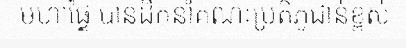
មហាផ្ទៃ បានដឹកនាំគណៈប្រតិភូជាន់ខ្ពស់